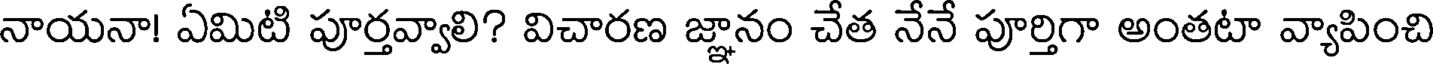
నాయనా! ఏమిటి పూర్తవ్వాలి? విచారణ జ్ఞానం చేత నేనే పూర్తిగా అంతటా వ్యాపించి